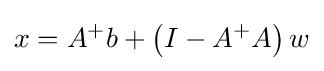
x=A^{+}b+\left(I-A^{+}A\right)w